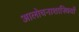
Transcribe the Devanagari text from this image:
आलोचनाशास्त्रियों